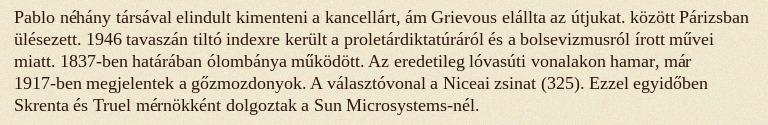
Pablo néhány társával elindult kimenteni a kancellárt, ám Grievous elállta az útjukat. között Párizsban ülésezett. 1946 tavaszán tiltó indexre került a proletárdiktatúráról és a bolsevizmusról írott művei miatt. 1837-ben határában ólombánya működött. Az eredetileg lóvasúti vonalakon hamar, már 1917-ben megjelentek a gőzmozdonyok. A választóvonal a Niceai zsinat (325). Ezzel egyidőben Skrenta és Truel mérnökként dolgoztak a Sun Microsystems-nél.